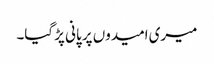
میری امیدوں پر پانی پڑ گیا۔